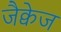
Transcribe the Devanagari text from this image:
जैक्वेज